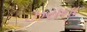
ઝરાના